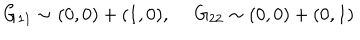
G _ { 1 1 } \sim ( 0 , 0 ) + ( 1 , 0 ) , ~ ~ G _ { 2 2 } \sim ( 0 , 0 ) + ( 0 , 1 )